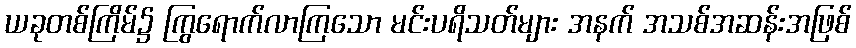
ယခုတစ်ကြိမ်၌ ကြွရောက်လာကြသော မင်းပရိသတ်များ အနက် အသစ်အဆန်းအဖြစ်